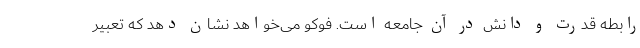
رابطه قدرت و دانش در آن جامعه است. فوکو می‌خواهد نشان دهد که تعبیر